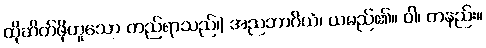
ထိုဆိတ်ဖိုဟူသော တည်ရာသည်၊) အညဘာဂိယံ၊ ယမည်၏။ ဝါ၊ တနည်း။